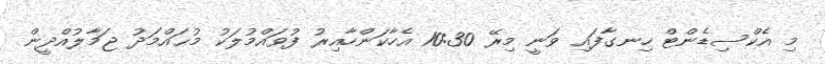
މި އެކްސިޑެންޓް ހިނގާފައި ވަނީ މިރޭ 10:30 އެހާކަންހާއިރު ފުވައްމުލަކު މުޙައްމަދު ޖަމާލުއްދީން